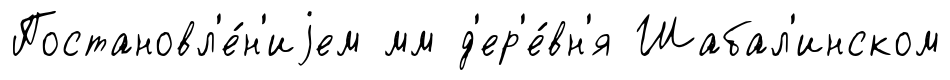
Постановл'е́н'иjем мм д'ер'е́вн'я Шабал'инском